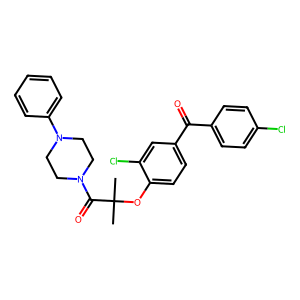
SMILES: CC(C)(Oc1ccc(C(=O)c2ccc(Cl)cc2)cc1Cl)C(=O)N1CCN(c2ccccc2)CC1
Inhibits HIV replication: No